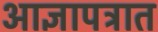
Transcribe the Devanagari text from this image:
आज्ञापत्रात